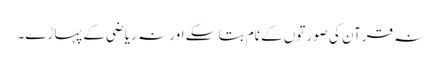
نہ قرآن کی صورتوں کے نام بتا سکے اور نہ ریاضی کے پہاڑے۔